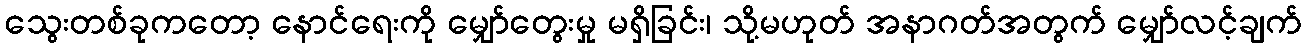
သွေးတစ်ခုကတော့ နောင်ရေးကို မျှော်တွေးမှု မရှိခြင်း၊ သို့မဟုတ် အနာဂတ်အတွက် မျှော်လင့်ချက်